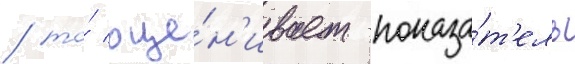
/ то́ оце́н'ивает показа́т'ель